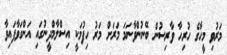
މަރުވި މީހާގެ ހުރިހާ ވާރިސުން ބޭނުންވާނަމަ މަރަށް މަރު ހިފުމަކީ އިސްލާމްދީނުގައި އަންގަވާފައިވާ